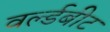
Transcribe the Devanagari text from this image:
वर्ल्डबीट